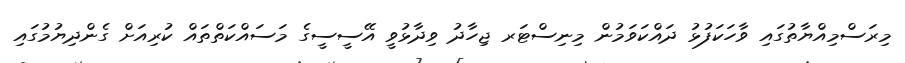
މިރަސްމިއްޔާތުގައި ވާހަކަފުޅު ދައްކަވަމުން މިނިސްޓަރ ޖިހާދު ވިދާޅުވީ އޭސީސީގެ މަސައްކަތްތައް ކުރިއަށް ގެންދިޔުމުގައި